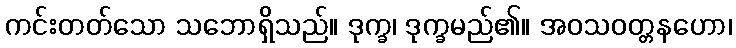
ကင်းတတ်သော သဘောရှိသည်။ ဒုက္ခ၊ ဒုက္ခမည်၏။ အဝသဝတ္တနဟော၊